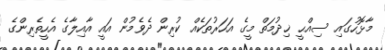
މާޅޮހުގައި ސިއްޙީ ޚިދުމަތް މީގެ އަހަރުތަކެއް ކުރިން ދެވެމުން އައީ އާއިލާގެ އެހީތެރިންގެ